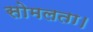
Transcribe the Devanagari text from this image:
सोमलता।